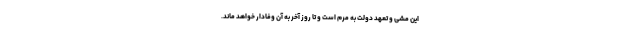
این مشی و تعهد دولت به مرم است و تا روز آخر به آن وفادار خواهد ماند.